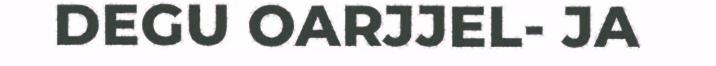
DEGU OARJJEL- JA